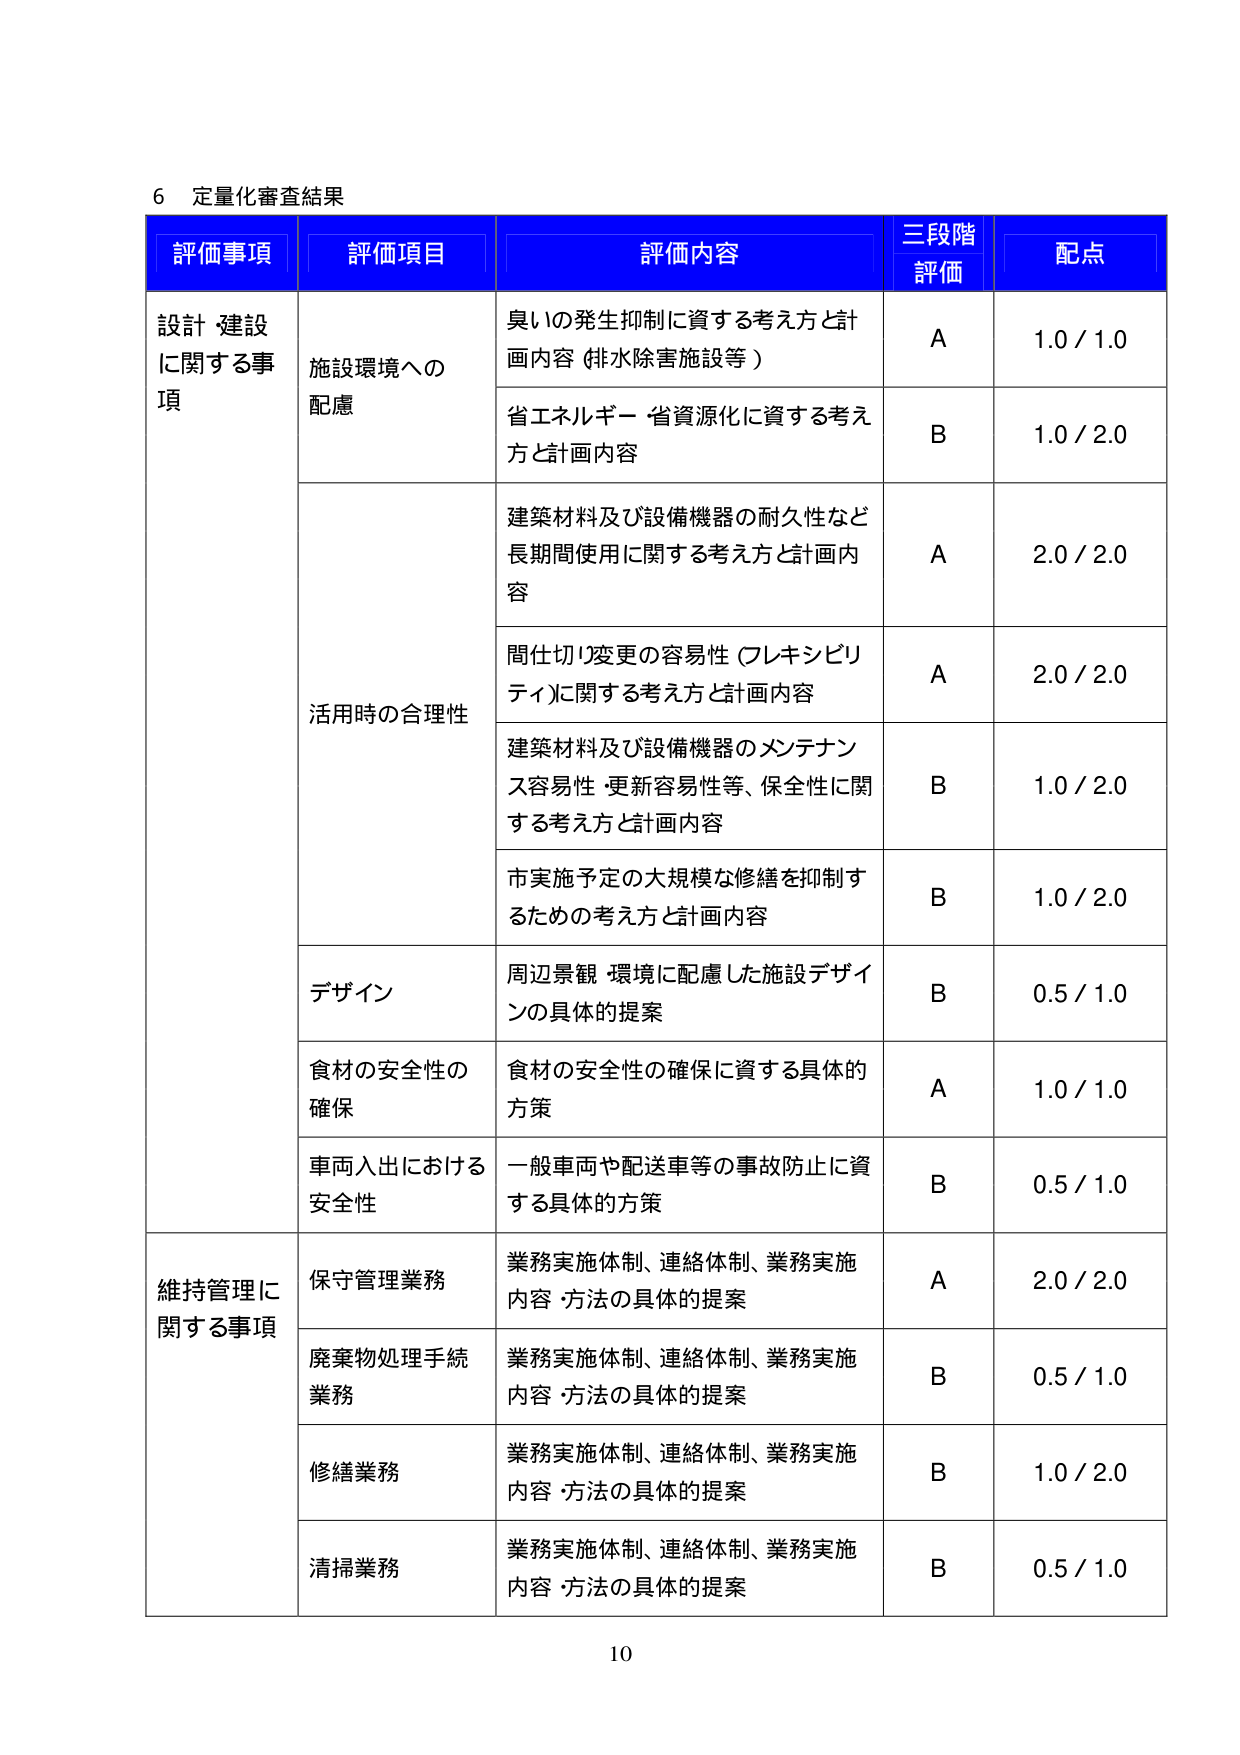
6 定量化審査結果

評価事項 評価項目 評価内容 三段階評価 配点

設計・建設に関する事項 施設環境への配慮 臭いの発生抑制に資する考え方と計画内容（排水除害施設等） A 1.0 / 1.0
省エネルギー・省資源化に資する考え方と計画内容 B 1.0 / 2.0

活用時の合理性 建築材料及び設備機器の耐久性など長期間使用に関する考え方と計画内容 A 2.0 / 2.0
間仕切り変更の容易性（フレキシビリティ）に関する考え方と計画内容 A 2.0 / 2.0
建築材料及び設備機器のメンテナンス容易性・更新容易性等、保全性に関する考え方と計画内容 B 1.0 / 2.0
市実施予定の大規模な修繕を抑制するための考え方と計画内容 B 1.0 / 2.0

デザイン 周辺景観・環境に配慮した施設デザインの具体的提案 B 0.5 / 1.0

食材の安全性の確保 食材の安全性の確保に資する具体的方策 A 1.0 / 1.0

車両入出における安全性 一般車両や配送車等の事故防止に資する具体的方策 B 0.5 / 1.0

維持管理に関する事項 保守管理業務 業務実施体制、連絡体制、業務実施内容・方法の具体的提案 A 2.0 / 2.0

廃棄物処理手続業務 業務実施体制、連絡体制、業務実施内容・方法の具体的提案 B 0.5 / 1.0

修繕業務 業務実施体制、連絡体制、業務実施内容・方法の具体的提案 B 1.0 / 2.0

清掃業務 業務実施体制、連絡体制、業務実施内容・方法の具体的提案 B 0.5 / 1.0

10